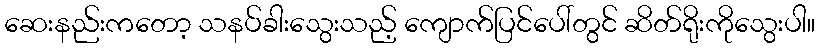
ဆေးနည်းကတော့ သနပ်ခါးသွေးသည့် ကျောက်ပြင်ပေါ်တွင် ဆိတ်ရိုးကိုသွေးပါ။